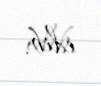
edib.